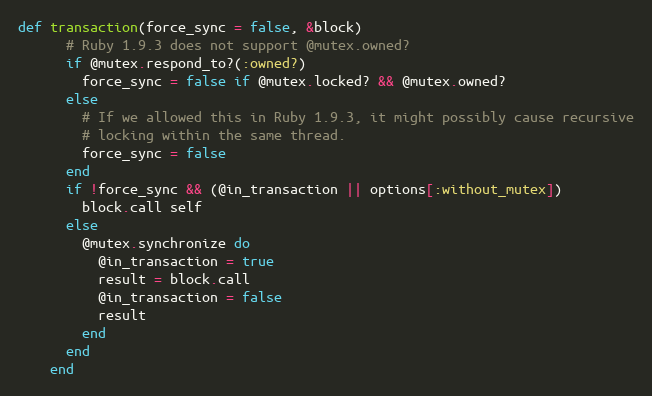
Language: Ruby
def transaction(force_sync = false, &block)
      # Ruby 1.9.3 does not support @mutex.owned?
      if @mutex.respond_to?(:owned?)
        force_sync = false if @mutex.locked? && @mutex.owned?
      else
        # If we allowed this in Ruby 1.9.3, it might possibly cause recursive
        # locking within the same thread.
        force_sync = false
      end
      if !force_sync && (@in_transaction || options[:without_mutex])
        block.call self
      else
        @mutex.synchronize do
          @in_transaction = true
          result = block.call
          @in_transaction = false
          result
        end
      end
    end